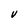
Character: v